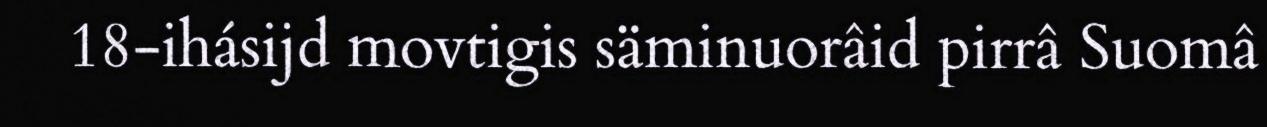
18-ihásijd movtigis säminuorâid pirrâ Suomâ